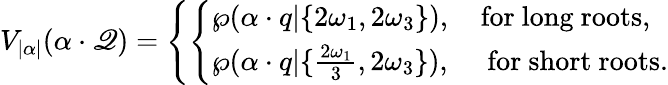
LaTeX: V_{|\alpha|}(\alpha\cdot\mathscr{Q})=\left\{ \left\{ \begin{array}{ll}{{\wp(\alpha\cdot q|\{ 2\omega_{1},2\omega_{3}\} ),\quad\mathrm{for~long~roots},}}\\ {{\wp(\alpha\cdot q|\{ {\frac{2\omega_{1}}{3}},2\omega_{3}\} ),\quad\ \mathrm{for~short~roots}.}}\end{array}\right.\right.